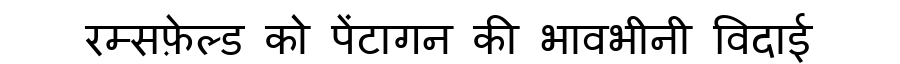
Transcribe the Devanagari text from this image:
रम्सफ़ेल्ड को पेंटागन की भावभीनी विदाई